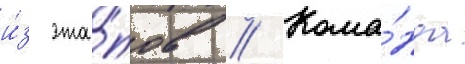
и́з эта́пов // Кома́нда